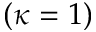
( \kappa = 1 )